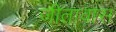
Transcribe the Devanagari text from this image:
जीतावास